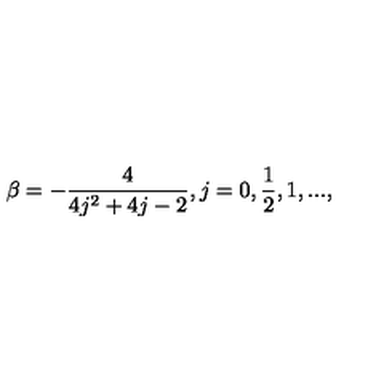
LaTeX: \beta = - \frac { 4 } { 4 j ^ { 2 } + 4 j - 2 } , j = 0 , \frac { 1 } { 2 } , 1 , . . . ,